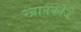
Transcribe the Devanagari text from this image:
खानकोजे